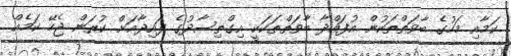
ކަމާއި މަހުގެ ބާވަތްތަކުން އުފައްދާ ބާވަތްތަކަކީ އިގްތިސާދުގެ ފައިދާއަށް ކުރަން ޖެހޭ ކަމެއް